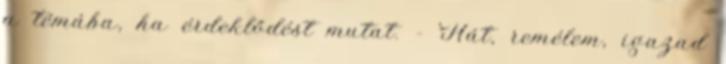
a témába, ha érdeklődést mutat. - Hát, remélem, igazad